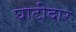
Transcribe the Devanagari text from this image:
घाटीदार